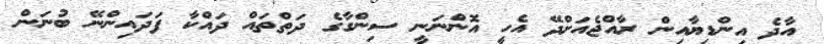
އާދެ އިންޑިޔާއިން ރާއްޖެއަށްދޭ އެހީ އޮންނަނީ ސިންގާގެ ދަތްތައް ދައްކާ ފަދައިންނޭ ބުނަން